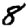
Digit: 8